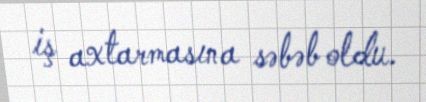
iş axtarmasına səbəb oldu.